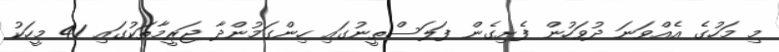
މި މަހުގެ އެއްވަނަ ދުވަހުން ފެށިގެން ފަލަސްތީނުގައި ހިންގަމުންދާ ޖަރީމާތަކުގައި 41 މީހަކު